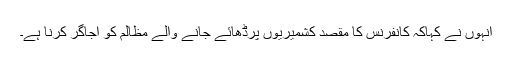
انہوں نے کہاکہ کانفرنس کا مقصد کشمیریوں پرڈھائے جانے والے مظالم کو اجاگر کرنا ہے۔